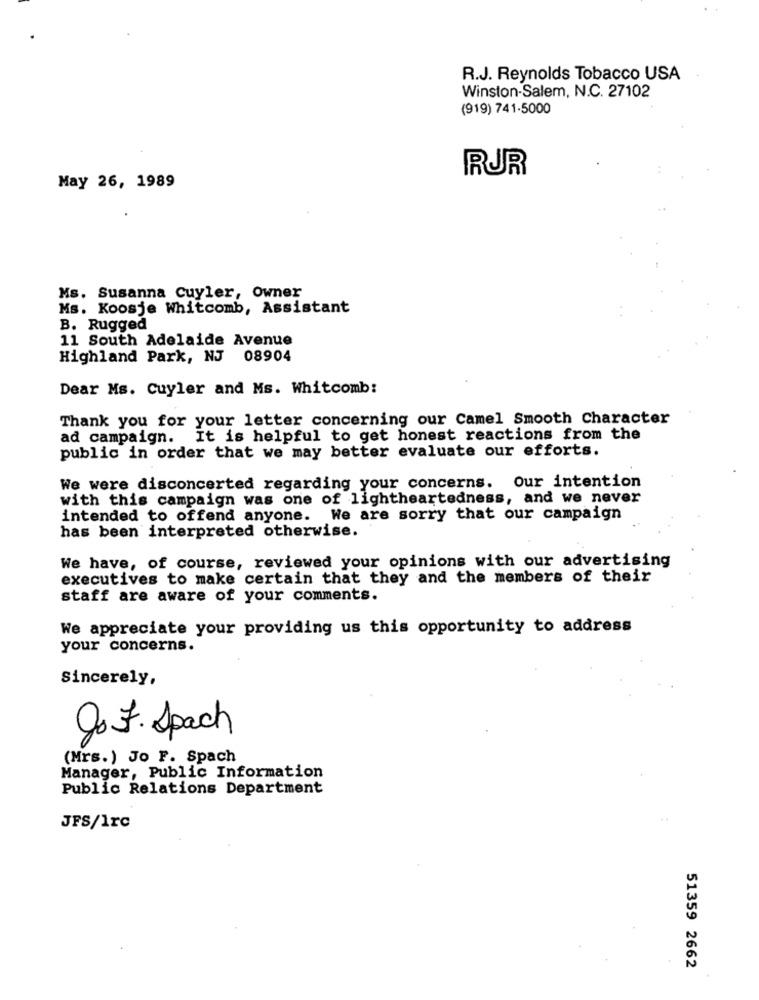
R.J. Reynolds Tobacco USA
Winston-Salem, N.C. 27102
(919) 741-5000
RUR
May 26, 1989
Ms. Susanna Cuyler, Owner
Ms. Koosje Whitcomb, Assistant
B. Rugged
11 South Adelaide Avenue
Highland Park, NJ 08904
Dear Ms. Cuyler and Ms. Whitcomb:
Thank you for your letter concerning our Camel Smooth Character
ad campaign. It is helpful to get honest reactions from the
public in order that we may better evaluate our efforts.
We were disconcerted regarding your concerns. Our intention
with this campaign was one of lightheartedness, and we never
intended to offend anyone. We are sorry that our campaign
has been interpreted otherwise.
We have, of course, reviewed your opinions with our advertising
executives to make certain that they and the members of their
staff are aware of your comments.
We appreciate your providing us this opportunity to address
your concerns.
Sincerely,
g. F. Spach
(Mrs.) Jo F. Spach
Manager, Public Information
Public Relations Department
JFS/1rc
51359 2662